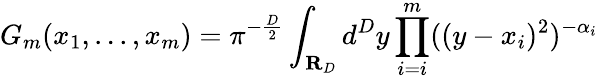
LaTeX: G_{m}(x_{1},...,x_{m})=\pi^{-\frac{D}{2}}\int_{\mathbf{R}_{D}}d^{D}y\prod_{i=i}^{m}((y-x_{i})^{2})^{-\alpha_{i}}